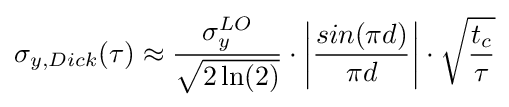
\sigma _{y,Dick}(\tau )\approx {\sigma _{y}^{LO} \over {\sqrt {2\ln(2)}}}\cdot \left|{sin(\pi d) \over {\pi d}}\right|\cdot {\sqrt {t_{c} \over {\tau }}}